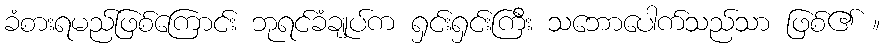
ခံစားရမည်ဖြစ်ကြောင်း ဘုရင်ခံချုပ်က ရှင်းရှင်းကြီး သဘောပေါက်သည်သာ ဖြစ်၏ ။